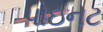
પોઇનટ